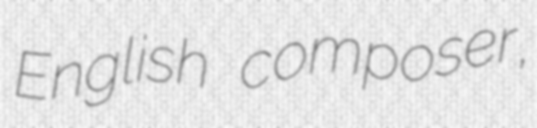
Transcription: English composer,